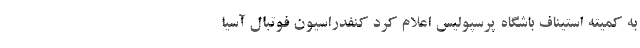
به کمیته استیناف باشگاه پرسپولیس اعلام کرد کنفدراسیون فوتبال آسیا